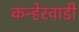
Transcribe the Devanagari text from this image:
कन्हेरवाडी